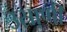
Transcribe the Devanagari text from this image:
उसाणी